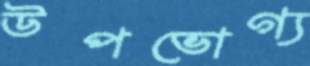
উপভোগ্য